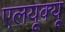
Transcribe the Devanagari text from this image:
एलयूक्यू